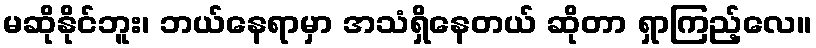
မဆိုနိုင်ဘူး၊ ဘယ်နေရာမှာ အသံရှိနေတယ် ဆိုတာ ရှာကြည့်လေ။